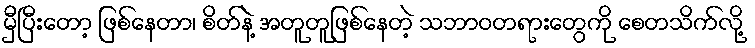
မှီပြီးတော့ ဖြစ်နေတာ၊ စိတ်နဲ့ အတူတူဖြစ်နေတဲ့ သဘာဝတရားတွေကို စေတသိက်လို့